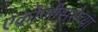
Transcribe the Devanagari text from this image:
एकोणीसशेच्या